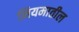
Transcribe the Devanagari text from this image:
नियमातील